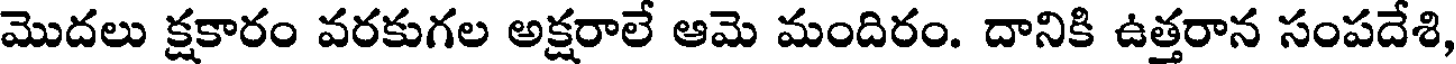
మొదలు క్షకారం వరకుగల అక్షరాలే ఆమె మందిరం. దానికి ఉత్తరాన సంపదేశి,